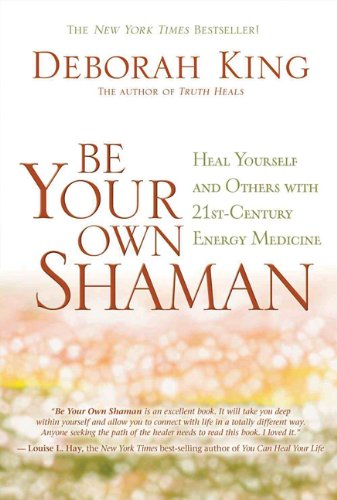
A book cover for Be Your Own Shaman: Heal Yourself and Others with 21st-Century Energy Medicine; Deborah King; Religion & Spirituality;